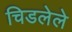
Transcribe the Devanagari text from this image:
चिडलेले